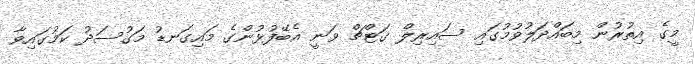
މީގެ އިތުރުން މިބައްދަލުވުމުގައި ސައިރިލް ގަޓްޗް ވަނީ އެބޭފުޅުންގެ މައިގަނޑު މަގުސަދު ކަމުގައިވާ